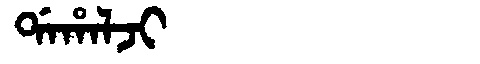
Manchu: ᡩᠠᡥᠠᠯᠵᡳ
Romanization: DAHALJI